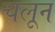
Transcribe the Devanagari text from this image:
चलून